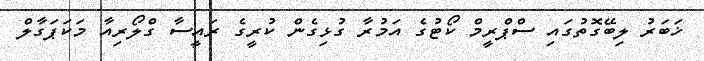
ޚަބަރު ލިބޭގޮތުގައި ސްޕްރީމް ކޯޓުގެ އަމުރާ ގުޅިގެން ކުރީގެ ރައީސާ ގްލޯރިއާ މަކަޕަގާލް